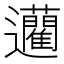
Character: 𨙟